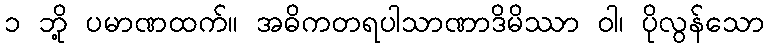
၁ ဘို့ ပမာဏထက်။ အဓိကတရပါသာဏာဒိမိဿာ ဝါ၊ ပိုလွန်သော